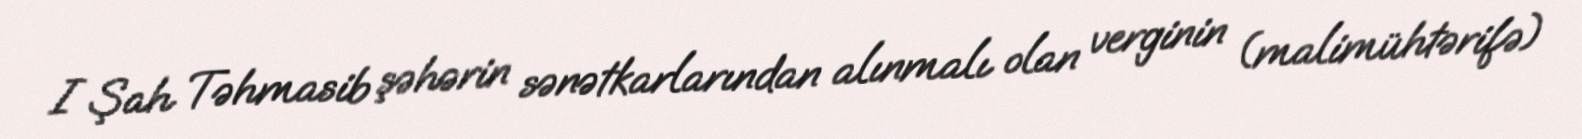
I Şah Təhmasib şəhərin sənətkarlarından alınmalı olan verginin (malimühtərifə)